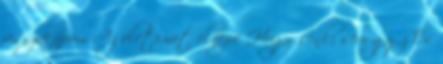
visszakapom Az életemet elnézve Hogy senki sem győz És